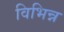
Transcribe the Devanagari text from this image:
विभिन्न